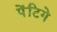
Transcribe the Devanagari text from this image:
पेंटिगे